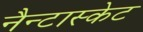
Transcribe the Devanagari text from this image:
नैन्टास्केट